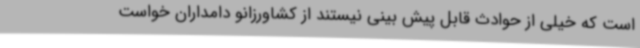
است که خیلی از حوادث قابل پیش بینی نیستند از کشاورزانو دامداران خواست